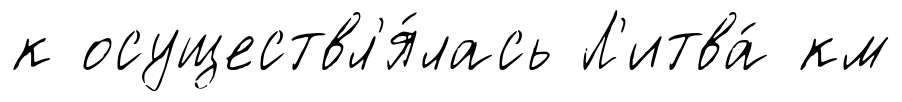
к осуществл'я́лась Л'итва́ км